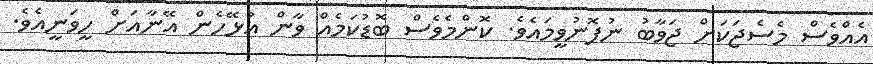
އެއްވެސް މެސެޖަކަށް ޖަވާބު ނުފޮނުވީމައެވެ. ކޮންމެވެސް ބޮޑުކަމެއް ވާން އުޅޭހެން އޭނާއަށް ހީވަނީއެވެ.